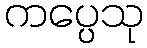
ကပ္ပေသု